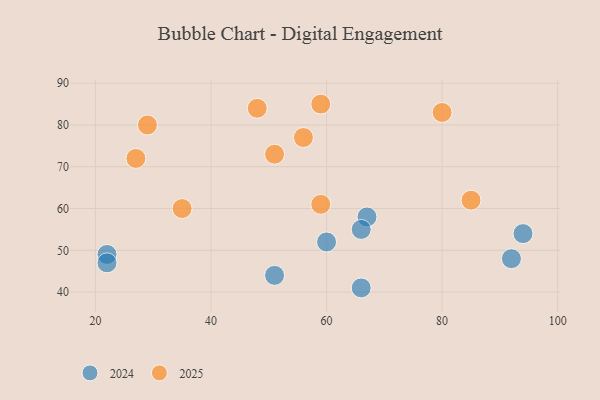
{"axis": {"x": "GDP", "y": "Life Expectancy"}, "legend": ["2024", "2025"], "data": [{"x": "22", "y": 49, "type": "2024"}, {"x": "60", "y": 52, "type": "2024"}, {"x": "67", "y": 58, "type": "2024"}, {"x": "94", "y": 54, "type": "2024"}, {"x": "22", "y": 47, "type": "2024"}, {"x": "66", "y": 55, "type": "2024"}, {"x": "92", "y": 48, "type": "2024"}, {"x": "66", "y": 41, "type": "2024"}, {"x": "51", "y": 44, "type": "2024"}, {"x": "51", "y": 73, "type": "2025"}, {"x": "56", "y": 77, "type": "2025"}, {"x": "85", "y": 62, "type": "2025"}, {"x": "80", "y": 83, "type": "2025"}, {"x": "59", "y": 85, "type": "2025"}, {"x": "29", "y": 80, "type": "2025"}, {"x": "59", "y": 61, "type": "2025"}, {"x": "35", "y": 60, "type": "2025"}, {"x": "48", "y": 84, "type": "2025"}, {"x": "27", "y": 72, "type": "2025"}]}